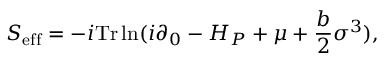
S _ { \mathrm { e f f } } = - i \mathrm { T r } \ln ( i \partial _ { 0 } - H _ { P } + \mu + \frac { b } { 2 } \sigma ^ { 3 } ) ,